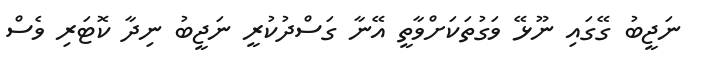
ނަޖީބު ގޭގައި ނޫޅޭ ވަގުތަކަށްވާތީ އޭނާ ގަސްދުކުރީ ނަޖީބު ނިދާ ކޮޓަރި ވެސް